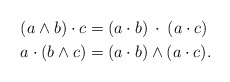
\begin{align*}(a\wedge b)\cdot c &= (a\cdot b)\:\cdot\:(a\cdot c)\\a\cdot(b\wedge c) &= (a\cdot b)\wedge(a\cdot c).\end{align*}